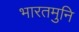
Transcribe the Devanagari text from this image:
भारतमुनि